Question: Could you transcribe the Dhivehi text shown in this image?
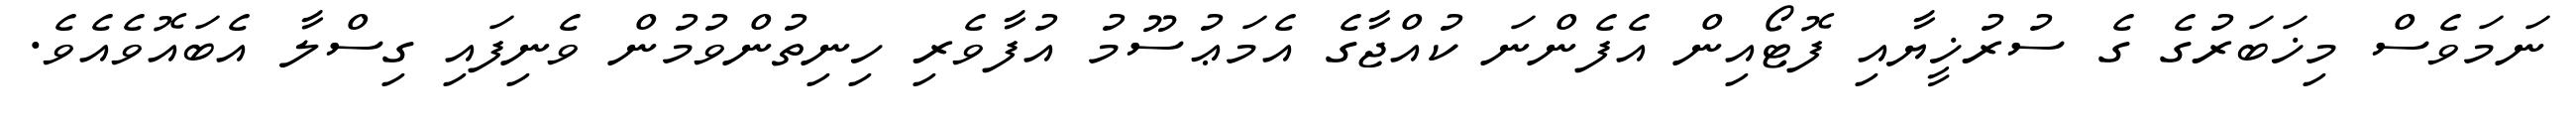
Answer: ނަމަވެސް މިޚަބަރުގެ ގެ ސުރުޚީޔާއި ފޮޓޯއިން އެފެންނަ ކުއްޖާގެ އެމަޢުސޫމު އުފާވެރި ހިނިތުންވުމުން ވެނިފައި ގިސްލާ އެބައޮވެއެވެ.